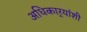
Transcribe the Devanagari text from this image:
अधिकार्‍यांशी